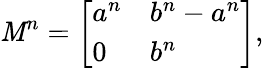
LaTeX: \mathit{M}^{n}={\left[\begin{array}{ll}{a^{n}}&{b^{n}-a^{n}}\\ {0}&{b^{n}}\end{array}\right]},